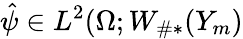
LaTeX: \hat{\psi}\in L^{2}(\Omega;W_{\# *}(Y_{m})